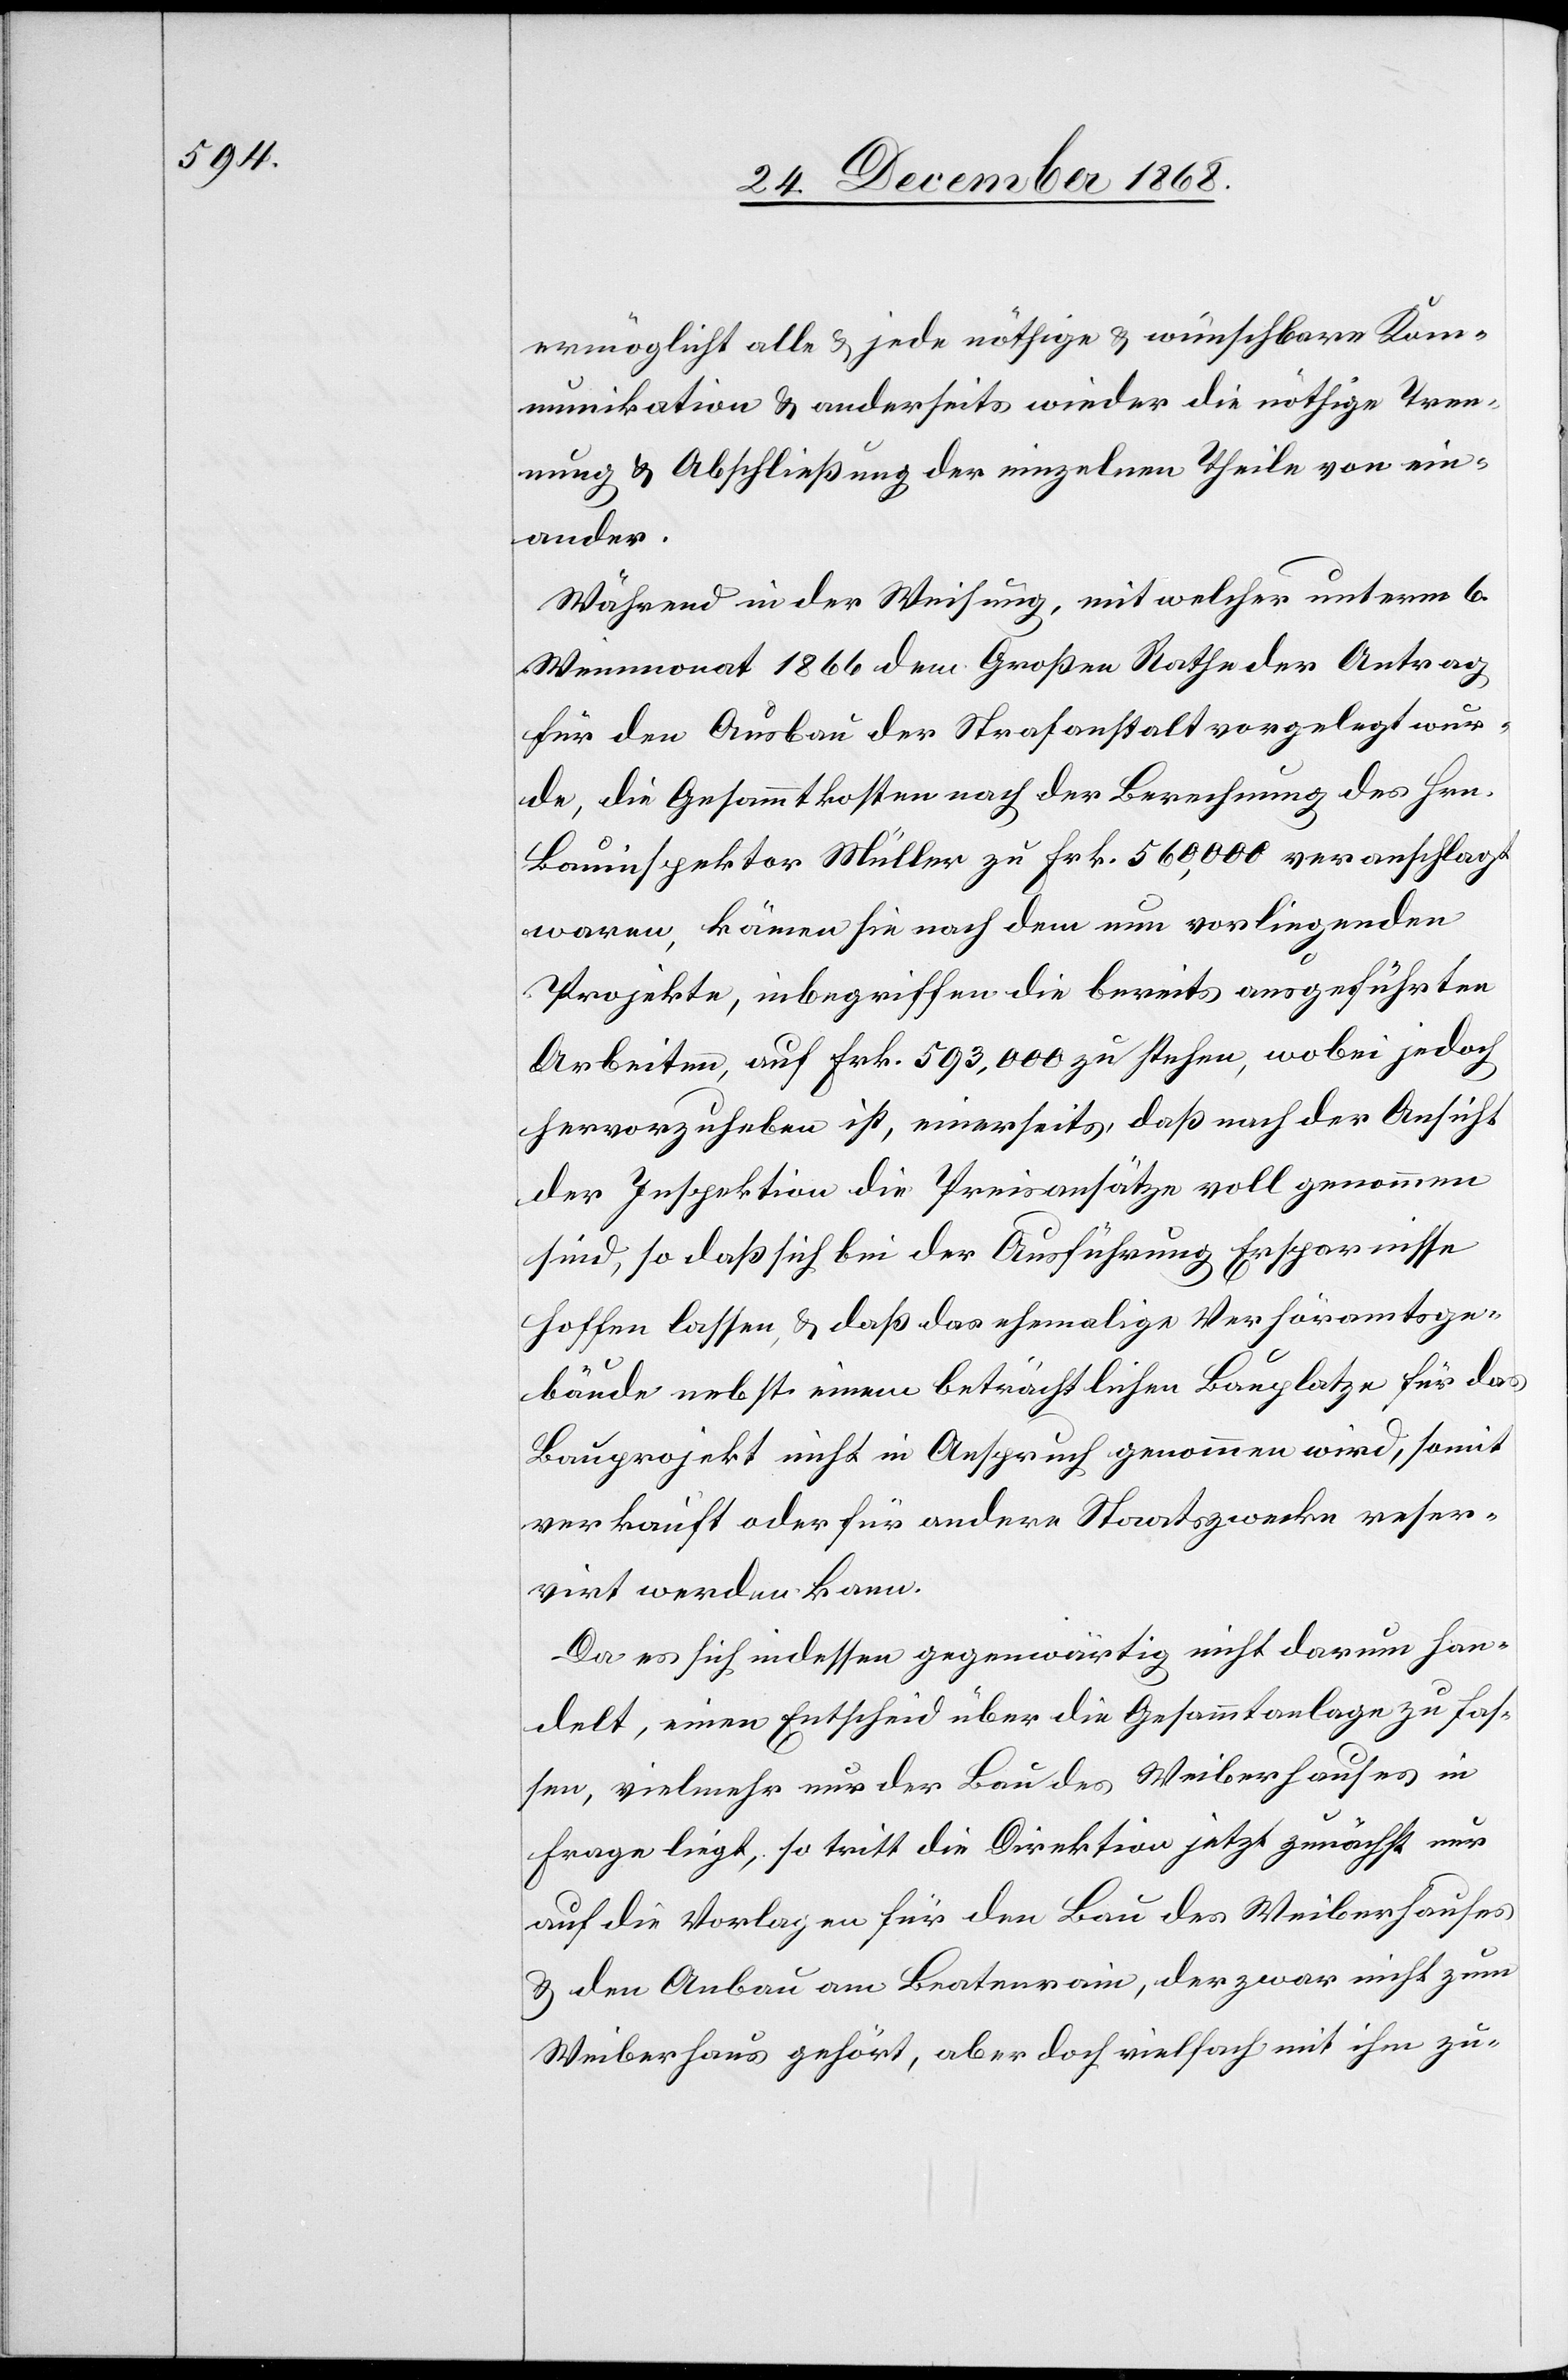
ermöglicht alle & jede nöthige & wünschbare Kom¬
munikation & anderseits wieder die nöthige Tren¬
nung & Abschließung der einzelnen Theile von ein¬
ander.
Während in der Weisung, mit welcher unterm 6.
Weinmonat 1866 dem Großen Rathe der Antrag
für den Ausbau der Strafanstalt vorgelegt wur¬
de, die Gesammtkosten nach der Berechnung des Hrn.
Bauinspektor Müller zu Frk. 560,000 veranschlagt
waren, kämen sie nach dem nun vorliegenden
Projekte, inbegriffen die bereits ausgeführten
Arbeiten, auf Frk. 593,000 zu stehen, wobei jedoch
hervorzuheben ist, einerseits, daß nach der Ansicht
der Inspektion die Preisansätze voll genommen
sind, so daß sich bei der Ausführung Ersparnisse
hoffen lassen, & daß das ehemalige Verhöramtsge¬
bäude nebst einem beträchtlichen Bauplatze für das
Bauprojekt nicht in Anspruch genommen wird, somit
verkauft oder für andere Staatszwecke reser¬
virt werden kann.
Da es sich indessen gegenwärtig nicht darum han¬
delt, einen Entscheid über die Gesammtanlage zu fas¬
sen, vielmehr nur der Bau des Weiberhauses in
Frage liegt, so tritt die Direktion jetzt zunächst nur
auf die Vorlagen für den Bau des Weiberhauses
& den Anbau am Beatenrain, der zwar nicht zum
Weiberhaus gehört, aber doch vielfach mit ihm zu-